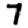
Digit: 7